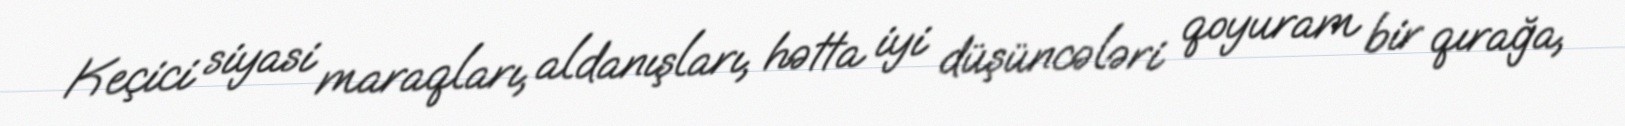
Keçici siyasi maraqları, aldanışları, hətta iyi düşüncələri qoyuram bir qırağa,